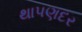
થાપણદર